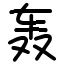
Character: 轰